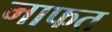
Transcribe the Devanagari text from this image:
माफत